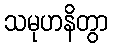
သမုဟနိတွာ